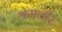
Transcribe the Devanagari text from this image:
श्रमवीर